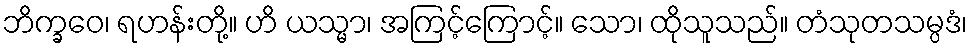
ဘိက္ခဝေ၊ ရဟန်းတို့။ ဟိ ယသ္မာ၊ အကြင့်ကြောင့်။ သော၊ ထိုသူသည်။ တံသုတသမ္ပဒံ၊